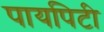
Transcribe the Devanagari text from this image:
पायपिटी